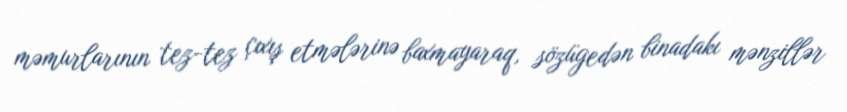
məmurlarının tez-tez çıxış etmələrinə baxmayaraq, sözügedən binadakı mənzillər